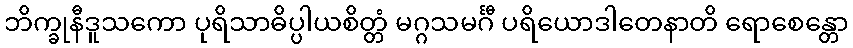
ဘိက္ခုနီဒူသကော ပုရိသာဓိပ္ပါယစိတ္တံ မဂ္ဂသမင်္ဂီ ပရိယောဒါတေနာတိ ရောစေန္တော